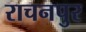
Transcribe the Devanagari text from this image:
राचनपुर